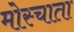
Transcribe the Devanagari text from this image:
मोस्चाता